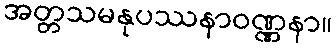
အတ္တသမနုပဿနာဝဏ္ဏနာ။